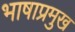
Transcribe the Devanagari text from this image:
भाषाप्रमुख